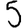
Digit: 5